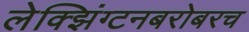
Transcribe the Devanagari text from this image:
लेक्झिंग्टनबरोबरच